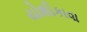
યોશીકાવા